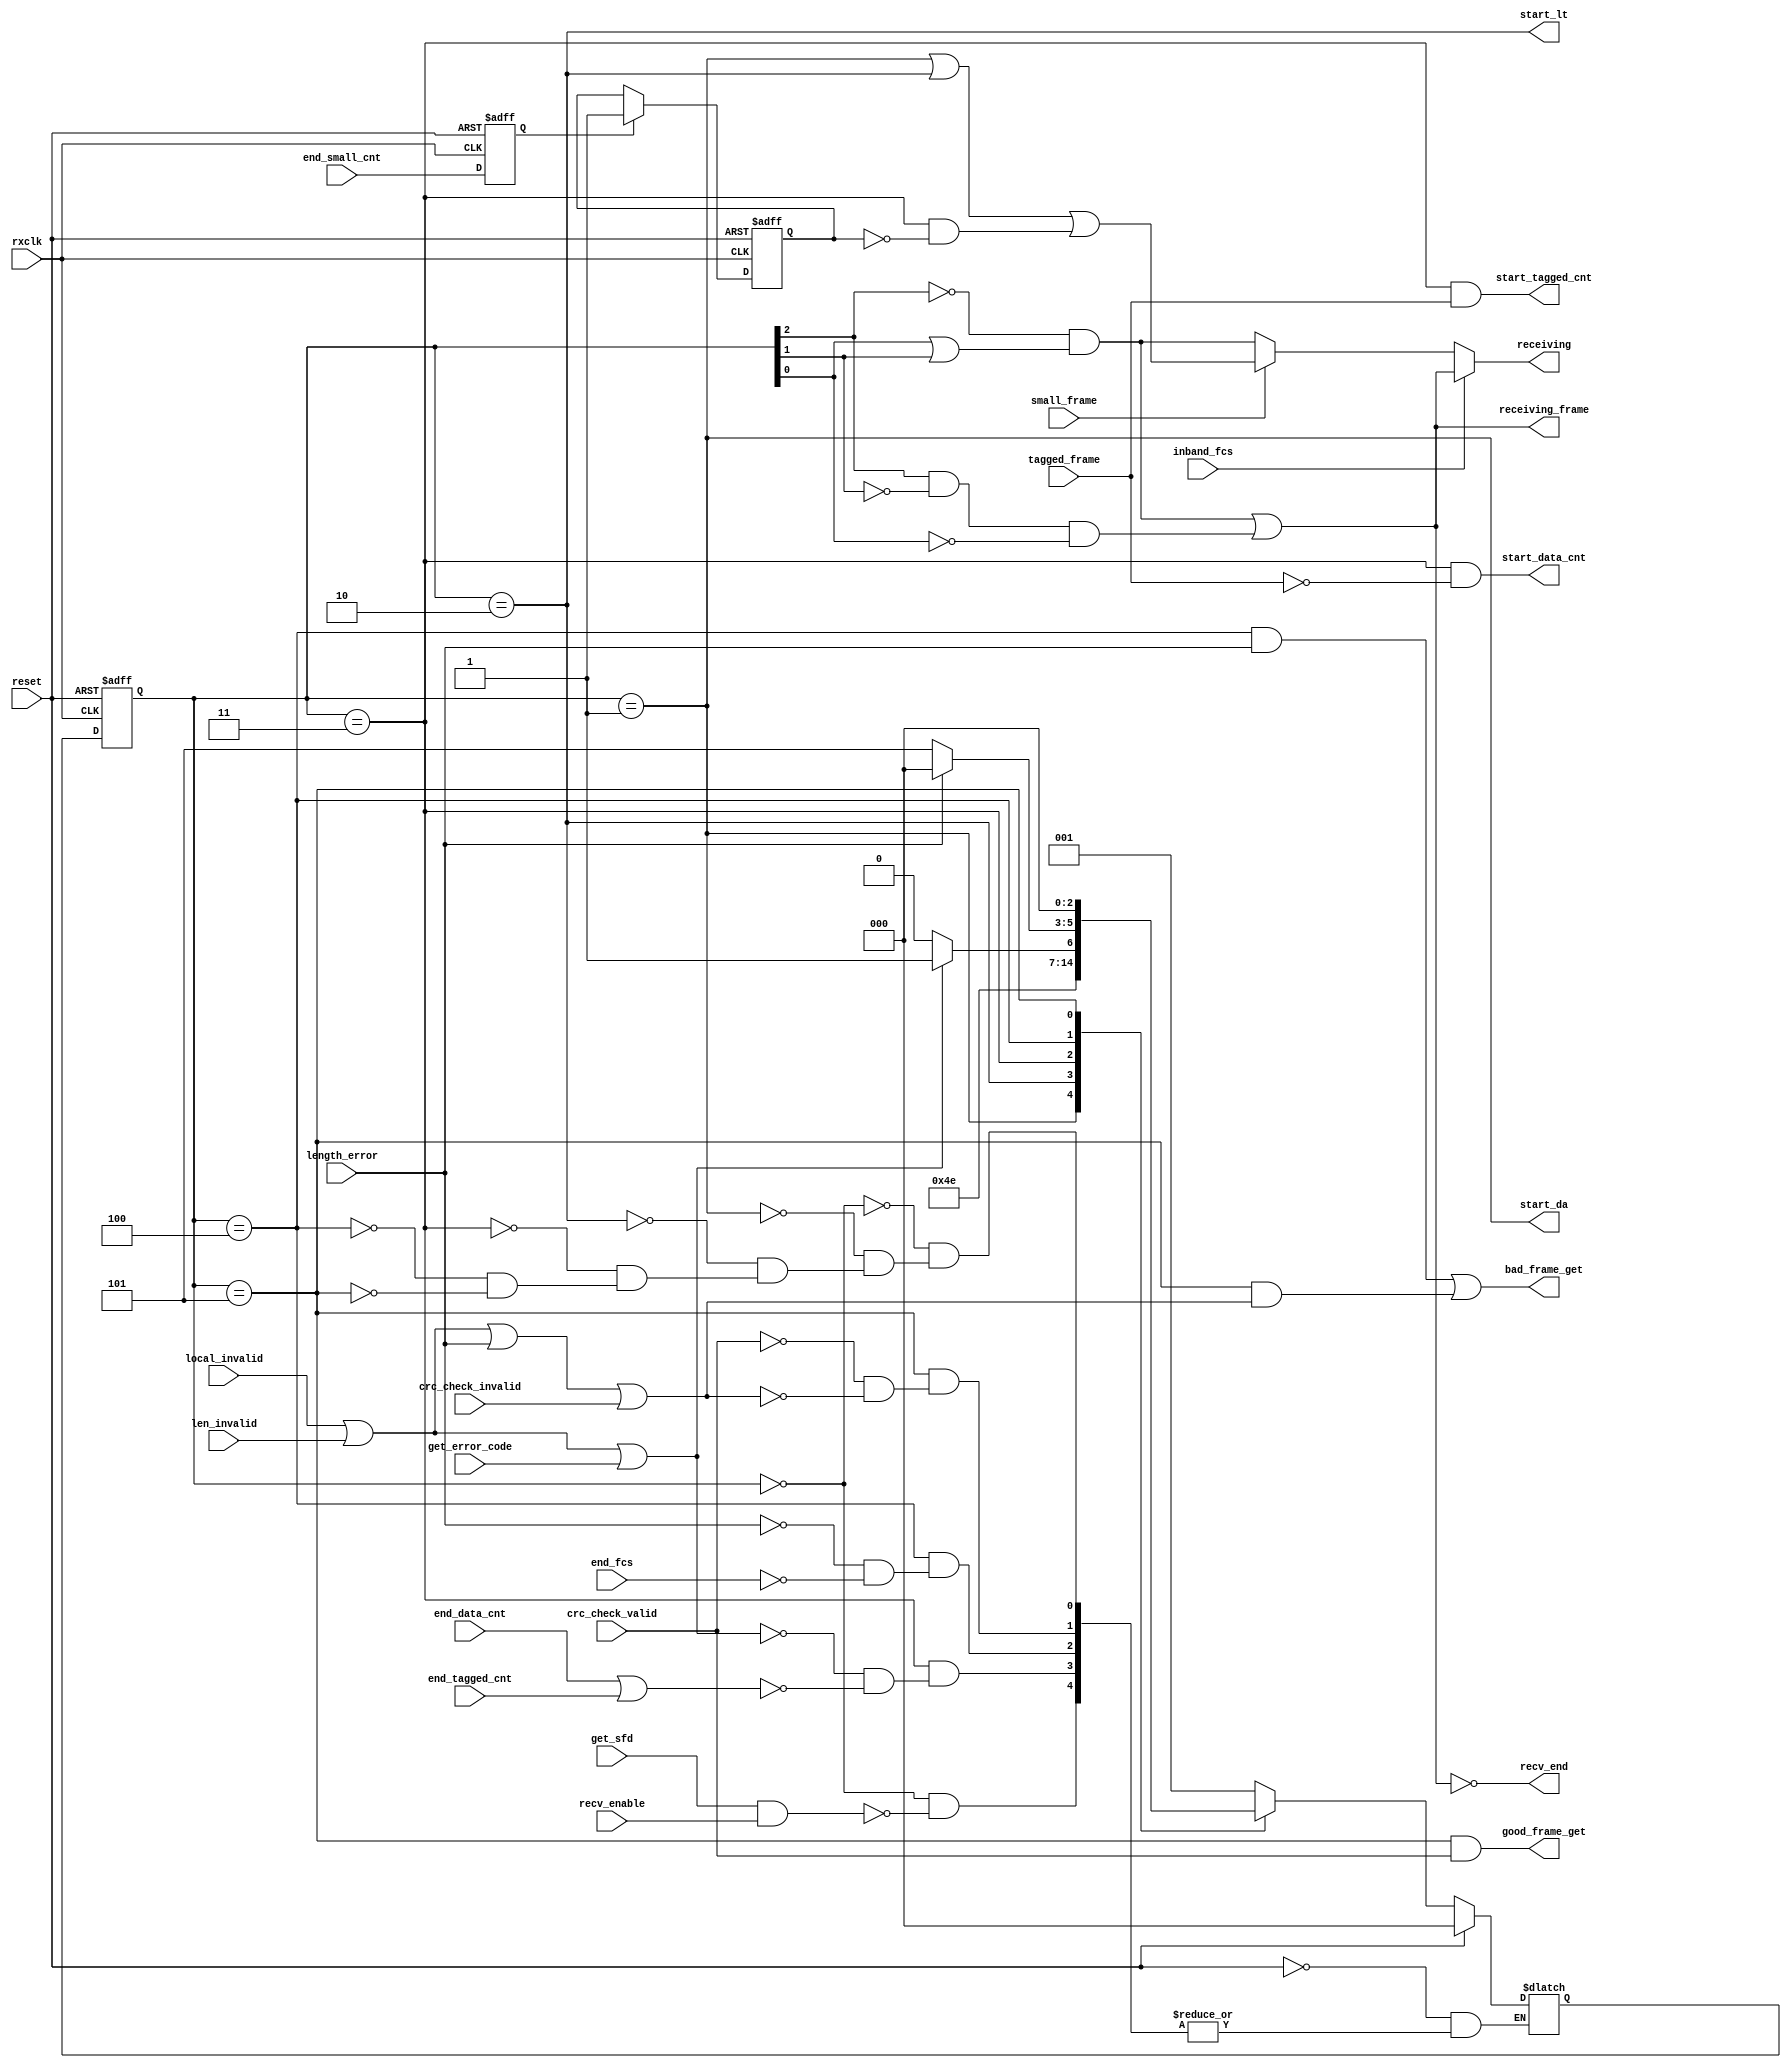
`timescale 1ns / 1ps
////////////////////////////////////////////////////////////////////////////////
// Company: 
// Engineer:
//
// Design Name:    
// Module Name:    rxStateMachine
// Project Name:   
// Target Device:  
// Tool versions:  
// Description:
//
// Dependencies:
// 
// Revision:
// Revision 0.01 - File Created
// Additional Comments:
// 
////////////////////////////////////////////////////////////////////////////////
module rxStateMachine(rxclk, reset, recv_enable, get_sfd, local_invalid, len_invalid, end_data_cnt, end_tagged_cnt,
       tagged_frame, length_error, end_fcs, crc_check_valid, crc_check_invalid, start_da, start_lt, inband_fcs,
		 start_data_cnt, start_tagged_cnt, receiving, recv_end, good_frame_get, bad_frame_get, get_error_code, small_frame
		 , end_small_cnt,receiving_frame);
   
	 input rxclk;
    input reset;
   
	 input recv_enable;
	 input inband_fcs;
	 
	 //PRE & SFD
	 input get_sfd; // SFD has been received;
	
	 //DA field 
	 input local_invalid;// The Frame's DA field is not Local MAC;
	
	 //Length/Type field
	 input len_invalid;// Indicate if Length field is valid;
    input end_data_cnt;// Indicate end of receiving DATA field(not jumbo frame);
	 input end_tagged_cnt;// Indicate end of receiving DATA field of tagged Frame;
	 input end_small_cnt; // Indicate end of receiving small data field
	 input tagged_frame;// Indicate current frame is a jumbo_frame;
	 input small_frame; // Indicate current frame is a small frame;
	 input length_error;//Indicate Length received is not equal to the Length in LT field;
	 
	 //FCS field
	 input end_fcs;//Indicate end of receiving FCS field;
	 input crc_check_valid;//Indicate the frame passed CRC Check;
	 input crc_check_invalid;//Indicate the frame failed in CRC Check;
	 input get_error_code;
	
	 //DA field
	 output start_da;// Start to receive Destination Address;
   
	 //Length/Type field
	 output start_lt;// Start to receive Length/Type field;
	
	 //DATA field
    output start_data_cnt;// Start to receive DATA field;
	 output start_tagged_cnt;// Start to receive DATA field, but the frame is a tagged frame.
    //Receive process control
	 output receiving;// Rx Engine is receiving valid part of frame;
	 output receiving_frame; //Rx Engine is working, not in IDLE state and Check state.
	 output recv_end; // Receive process ends, either because formal ending or faults happen;
	 output good_frame_get;// A good frame has been received;
	 output bad_frame_get; // A bad frame has been received; 
	 
	 parameter IDLE = 0, rxReceiveDA = 1, rxReceiveLT = 2, rxReceiveData = 3;
	 parameter rxReceiveFCS = 4, rxWaitCheck = 5;
	 parameter TP =1;

	 wire    start_da;
	 wire    start_lt;
	 wire 	start_data_cnt;
	 wire    start_tagged_cnt;
	 wire    receiving_data;
	 wire    receiving_frame;
	 wire    receiving;
	 wire    recv_end;
	 wire    good_frame_get;
	 wire    bad_frame_get;
	 
	 reg[2:0] rxstate, rxstate_next;

	 always@(rxstate, get_sfd, local_invalid, len_invalid, recv_enable,
	         tagged_frame, end_data_cnt, end_tagged_cnt, get_error_code,
				end_fcs, length_error, crc_check_valid,crc_check_invalid, reset)begin
	      if (reset) begin
			   rxstate_next <=#TP IDLE;
			end
			else begin	 
			    case (rxstate)
			      IDLE: begin 
			       		if (get_sfd & recv_enable)
				       		rxstate_next <=#TP rxReceiveDA;
					end
           		rxReceiveDA: begin	  
				   		rxstate_next <=#TP rxReceiveLT;
					end
            	rxReceiveLT: begin			 
					 		rxstate_next <=#TP rxReceiveData;
            	end
					rxReceiveData: begin
					 		if (local_invalid | len_invalid | get_error_code) 
					     		rxstate_next <=#TP rxWaitCheck;
					 		else if (end_data_cnt | end_tagged_cnt) 
					     		rxstate_next <=#TP rxReceiveFCS;
					 
					end
					rxReceiveFCS: begin	 //length_error should have high priority to end_fcs
				   		if (length_error)
							   rxstate_next <=#TP IDLE;
							else if (end_fcs)
    					  		rxstate_next <=#TP rxWaitCheck;
				 	end
			    	rxWaitCheck: begin
					 		if (crc_check_valid)
					     		rxstate_next <=#TP IDLE;
					 		else if (local_invalid | len_invalid | length_error | crc_check_invalid)
					     		rxstate_next <=#TP IDLE;
				  end   
			   endcase
		   end
  	   end

	 always@(posedge rxclk or posedge reset) begin
	       if (reset)
			    rxstate <=#TP IDLE;
          else
			    rxstate <=#TP rxstate_next;
	 end

	 reg end_small_cnt_d1;
	 reg end_small_cnt_d2;
	 always@(posedge rxclk or posedge reset) begin
	       if (reset)begin
			    end_small_cnt_d1 <= 0;
				 end_small_cnt_d2 <= 0;
			 end
			 else begin
				 end_small_cnt_d1 <=end_small_cnt;
             if (end_small_cnt_d1)
				    end_small_cnt_d2 <= 1'b1;
             else
				    end_small_cnt_d2 <= #TP end_small_cnt_d2;
			 end
	 end

	 assign start_da = (rxstate == rxReceiveDA);
	 assign start_lt = (rxstate == rxReceiveLT);
	 assign start_data_cnt = (rxstate == rxReceiveData) & (~tagged_frame);
	 assign start_tagged_cnt = (rxstate == rxReceiveData) & tagged_frame;
	 assign receiving_data = (~rxstate[2]&(rxstate[0] | rxstate[1])); // in DA,LT,DATA status
	 assign receiving_frame = receiving_data |(rxstate[2]&~rxstate[1]&~rxstate[0]); //in DA,LT,Data,FCS status
	 assign receiving_small = start_da | start_lt | ((rxstate == rxReceiveData) & ~end_small_cnt_d2);
	 assign receiving = inband_fcs? receiving_frame:(small_frame? receiving_small:receiving_data);
    assign recv_end = ~receiving_frame;
	 assign bad_frame_get = ((rxstate == rxReceiveFCS) & length_error) | ((rxstate == rxWaitCheck) & (local_invalid | len_invalid | length_error | crc_check_invalid));
	 assign good_frame_get = (rxstate == rxWaitCheck) & crc_check_valid;
endmodule